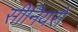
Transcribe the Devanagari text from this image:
सीनियरों